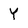
Character: Y